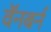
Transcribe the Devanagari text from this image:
वॅनबर्न